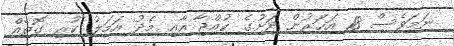
ނަމަވެސް 18 އަހަރުން ދަށުގެ ކުއްޖާ އާއި މެދު އަމަލު ކުރި ގޮތެއް